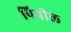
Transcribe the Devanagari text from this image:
पिपील